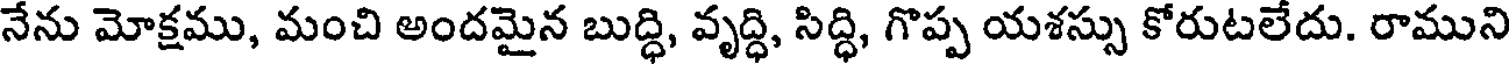
నేను మోక్షము, మంచి అందమైన బుద్ధి, వృద్ధి, సిద్ధి, గొప్ప యశస్సు కోరుటలేదు. రాముని